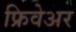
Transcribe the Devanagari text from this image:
फ्रिवेअर